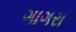
ગાગરા